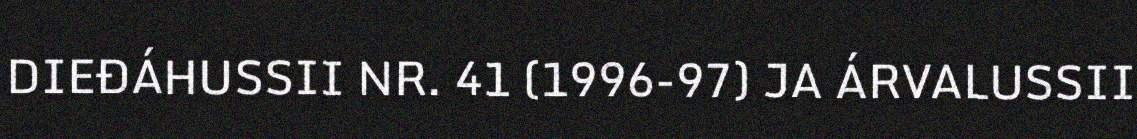
DIEĐÁHUSSII NR. 41 (1996-97) JA ÁRVALUSSII